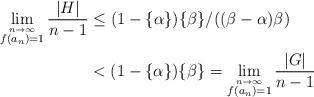
LaTeX: \begin{align*}\lim_{\stackrel{n\to\infty}{f(a_n)=1}}\frac{|H|}{n-1}&\leq (1-\{\alpha\})\{\beta\}/((\beta-\alpha)\beta)\\&< (1-\{\alpha\})\{\beta\} =\lim_{\stackrel{n\to\infty}{f(a_n)=1}}\frac{|G|}{n-1}\end{align*}